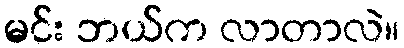
မင်း ဘယ်က လာတာလဲ။